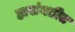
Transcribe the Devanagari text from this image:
हासंगठीत